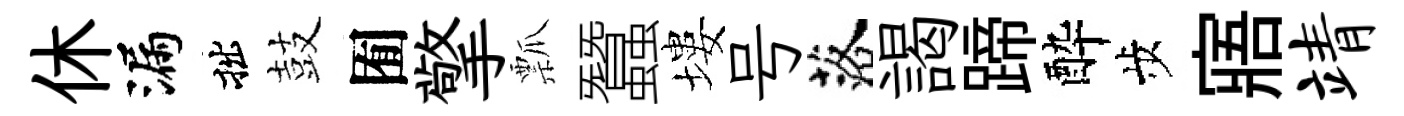
休漏拙鼓囿擎瓢蠶塿号落謁蹄酔歩寤靖